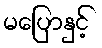
မပြောနှင့်